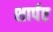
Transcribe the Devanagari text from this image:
शार्पए